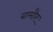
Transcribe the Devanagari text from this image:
बामौर